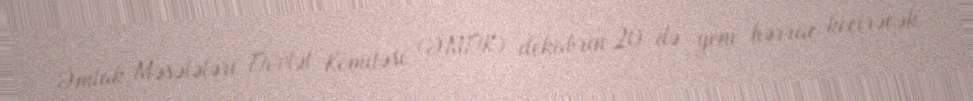
Əmlak Məsələləri Dövlət Komitəsi (ƏMDK) dekabrın 20-də yeni hərrac keçirəcək.